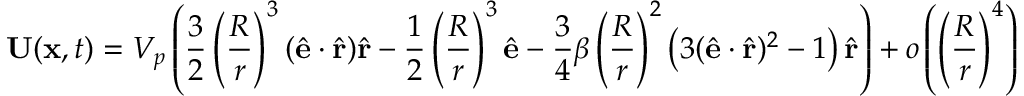
\mathbf { U } ( \mathbf { x } , t ) = V _ { p } \left( \frac { 3 } { 2 } \left( \frac { R } { r } \right) ^ { 3 } ( \hat { \mathbf { e } } \cdot \hat { \mathbf { r } } ) \hat { \mathbf { r } } - \frac { 1 } { 2 } \left( \frac { R } { r } \right) ^ { 3 } \hat { \mathbf { e } } - \frac { 3 } { 4 } \beta \left( \frac { R } { r } \right) ^ { 2 } \left( 3 ( \hat { \mathbf { e } } \cdot \hat { \mathbf { r } } ) ^ { 2 } - 1 \right) \hat { \mathbf { r } } \right) + o \left( \left( \frac { R } { r } \right) ^ { 4 } \right)